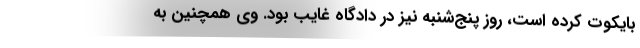
بایکوت کرده است، روز پنج‌شنبه نیز در دادگاه غایب بود. وی همچنین به